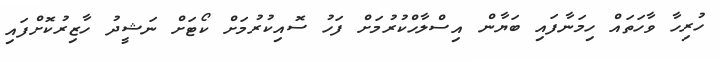
ހުރިހާ ވާހަތައް ހިމަނާފައި ބަޔާން އިސްލާހްކުރުމަށް ފަހު ސޮއިކުރުމަށް ކޯޓަށް ނަޝީދު ހާޒިރުކޮށްފައި